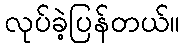
လုပ်ခဲ့ပြန်တယ်။